Tezpur Lunatic Asylum reports 1877-1894 - 1877-1894
Year: 1877
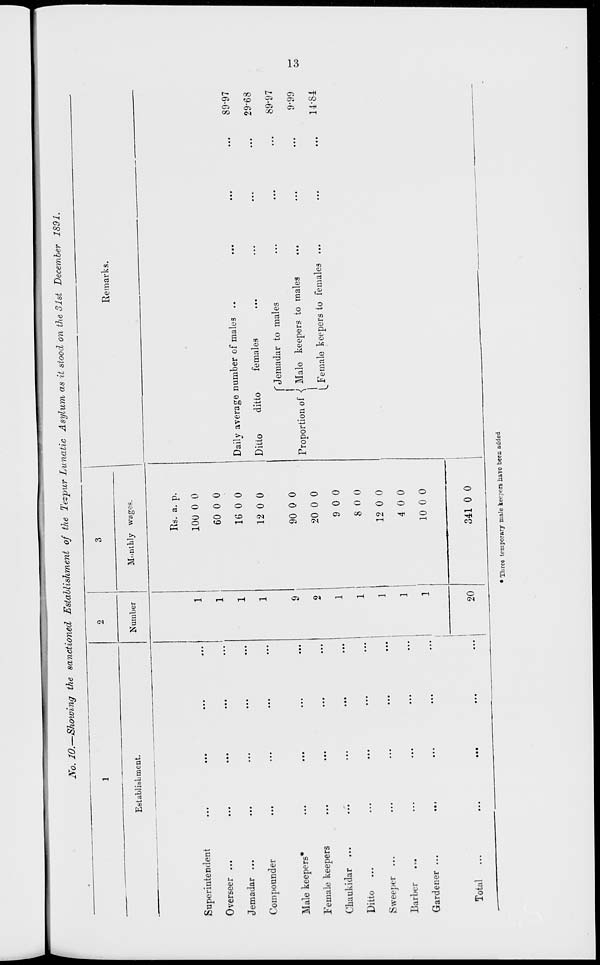
No. 10.—Showing the sanctioned Establishment of the Tezpur Lunatic Asylum as it stood on the 31st December 1891.
Superintendent
Overseer ...
Jemadar ...
Compounder
Male keepers*
Female keepers
Chaukidar ...
Ditto ...
Sweeper ...
Barber
Gardener ...
Total
Establishment.
2
3
Number
Monthly wages.
Its. a. p.
1
100 0 0
1
60 0 0
1
16 0 0
1
12 0 0
9
90 0 0
2
20 0 0
9 0 0
8 0 0
12 0 0
4 0 0
10 0 0
20
341 0 0
Remarks.
Dailv average number of males ..
Ditto
ditto
females
C Jemadar to males
!
Proportion of ■{ Male keepers to males
^Female keepers to females
89-97
29-68
89-97
9-99
14-84
Oo
• Three temporary male keepers b.a?o been added